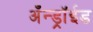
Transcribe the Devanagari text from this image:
अँन्ड्रॉईड